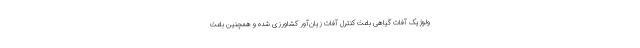
ولوژیک آفات گیاهی باعث کنترل آفات زیان‌آور کشاورزی شده و همچنین باعث